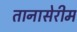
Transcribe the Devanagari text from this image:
तानासेरीम